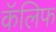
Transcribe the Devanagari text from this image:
कॅलिफ